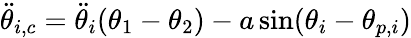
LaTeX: \ddot{\theta}_{i,c}=\ddot{\theta}_{i}(\theta_{1}-\theta_{2})-a\sin(\theta_{i}-\theta_{p,i})